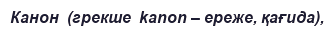
Канон  (грекше  kanon – ереже, қағида),